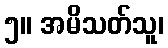
၅။ အမိသတ်သူ၊